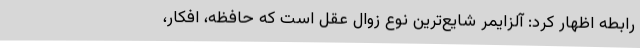
رابطه اظهار کرد: آلزایمر شایع‌ترین نوع زوال عقل است که حافظه، افکار،